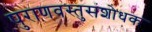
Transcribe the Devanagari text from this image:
पुराणवस्तुसंशोधक